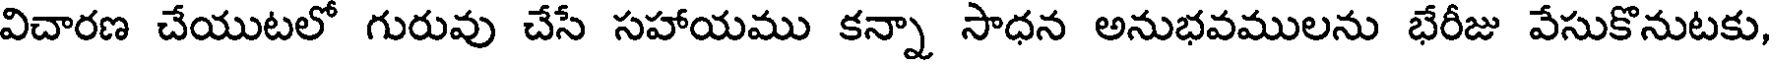
విచారణ చేయుటలో గురువు చేసే సహాయము కన్నా సాధన అనుభవములను భేరీజు వేసుకొనుటకు,